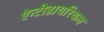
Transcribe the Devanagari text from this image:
ऐन्टीडायरियल